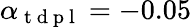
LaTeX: \alpha_{\mathrm{~t~d~p~l~}}=-0.05